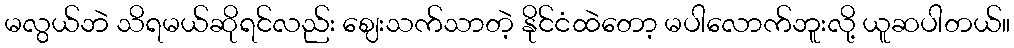
မလွယ်ဘဲ သိရမယ်ဆိုရင်လည်း ဈေးသက်သာတဲ့ နိုင်ငံထဲတော့ မပါလောက်ဘူးလို့ ယူဆပါတယ်။